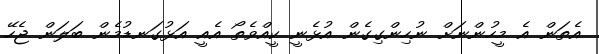
އެތަން އެ މީހުންނަށް ނުހިންގިގެން އުޅެނީ ކީއްވެތޯ އެއީ އަޅުގަނޑުމެން ބަލަން ޖެހޭ